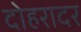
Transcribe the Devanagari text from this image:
दोहरादर